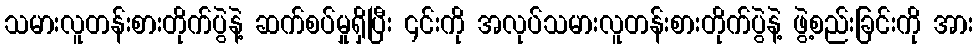
သမားလူတန်းစားတိုက်ပွဲနဲ့ ဆက်စပ်မှုရှိပြီး ၎င်းကို အလုပ်သမားလူတန်းစားတိုက်ပွဲနဲ့ ဖွဲ့စည်းခြင်းကို အား